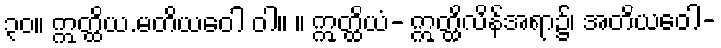
၃၀။ ဣတ္ထိယ.မတိယဝေါ ဝါ။ ။ ဣတ္ထိယံ- ဣတ္ထိလိန်အရာ၌၊ အတိယဝေါ-